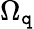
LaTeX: \Omega_{\mathtt{q}}